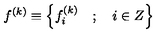
f ^ { \left( k \right) } \equiv \left\{ f _ { i } ^ { \left( k \right) } \quad ; \quad i \in Z \right\}